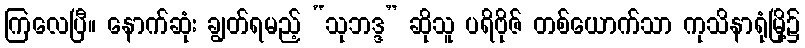
ကြလေပြီ။ နောက်ဆုံး ချွတ်ရမည့် “သုဘဒ္ဒ” ဆိုသူ ပရိဗိုဇ် တစ်ယောက်သာ ကုသိနာရုံမြို့၌